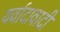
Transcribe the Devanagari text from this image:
यर्वादावादी